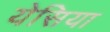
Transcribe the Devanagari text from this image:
येसिया